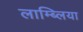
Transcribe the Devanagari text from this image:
लाम्ब्लिया